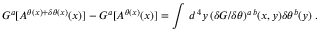
{ \cal G } ^ { a } [ { \cal A } ^ { \theta ( x ) + \delta \theta ( x ) } ( x ) ] - { \cal G } ^ { a } [ { \cal A } ^ { \theta ( x ) } ( x ) ] = \int \, d ^ { \, 4 } y \, ( { \delta { \cal G } / \delta \theta } ) ^ { a \, b } ( x , y ) \delta \theta ^ { b } ( y ) \; .